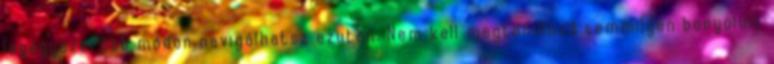
legegyszerűbb módon navigálhatsz ezután. Nem kell megtanulnod semmilyen bonyolult